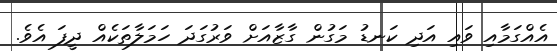
އެއްގަމާއި ވައި އަދި ކަނޑު މަގުން ގާޒާއަށް ވަރުގަދަ ހަމަލާތަކެއް ދީފަ އެވެ.